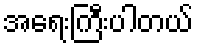
အရေးကြီးပါတယ်